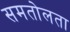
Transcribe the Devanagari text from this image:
समतोलता